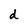
Character: d